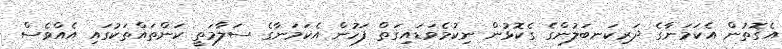
އެގޮތުން އެކަމަނާގެ ދަރިކަނބަލުންގެ ގެކޮޅުން ނިކުމެވަޑައިގަތް ފަހުން އެކަމަނާގެ ސަލާމަތީ ކަންތައްތަކުގައި އެއްވެސް